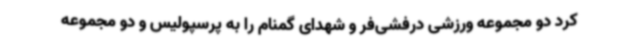
کرد دو مجموعه ورزشی درفشی‌فر و شهدای گمنام را به پرسپولیس و دو مجموعه